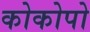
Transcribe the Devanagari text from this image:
कोकोपो